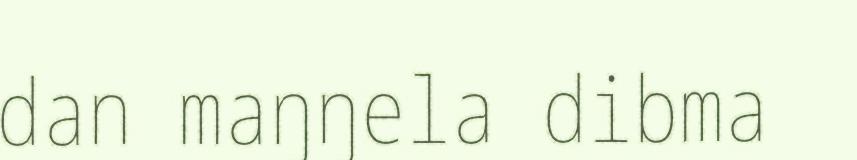
dan maŋŋela dibma